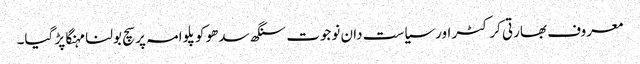
معروف بھارتی کرکٹر اورسیاست دان نوجوت سنگھ سدھو کو پلوامہ پر سچ بولنا مہنگا پڑ گیا۔